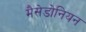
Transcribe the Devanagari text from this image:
मैसेडोनियन